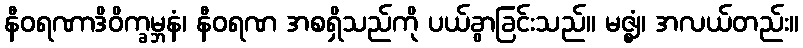
နီဝရဏာဒိဝိက္ခမ္ဘနံ၊ နီဝရဏ အစရှိသည်ကို ပယ်ခွာခြင်းသည်။ မဇ္ဈံ၊ အလယ်တည်း။